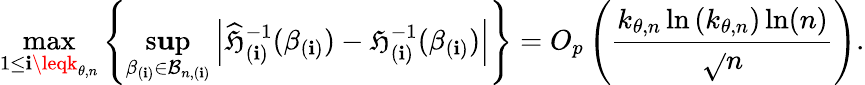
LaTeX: \operatorname*{max}_{1\leq\mathbf{i}\leqk_{\theta,n}}\left\{ \operatorname*{s\mathbf{u}p}_{\beta_{(\mathbf{i})}\in\mathcal{{B}}_{n,(\mathbf{i})}}\left\vert\widehat{{\mathfrak{{H}}}}_{(\mathbf{i})}^{-1}(\beta_{(\mathbf{i})})-\mathfrak{{H}}_{(\mathbf{i})}^{-1}(\beta_{(\mathbf{i})})\right\vert\right\} =O_{p}\left(\frac{{k_{\theta,n}\ln\left(k_{\theta,n}\right)\ln(n)}}{{\sqrt{}{{n}}}}\right).